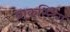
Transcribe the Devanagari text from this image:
ब्राकस्टिग